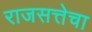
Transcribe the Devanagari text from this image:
राजसत्तेचा